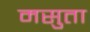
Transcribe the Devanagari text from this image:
मसुता